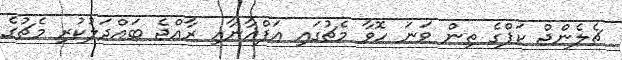
ޗެލެންޖް ކަޕްގެ ތިން ވަނަ ހޮވާ މެޗުގައި އަފްޣާނާއި ރާއްޖެ ބައްދަލުކުރި މެޗުގެ